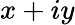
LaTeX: x+iy